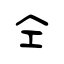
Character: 仝